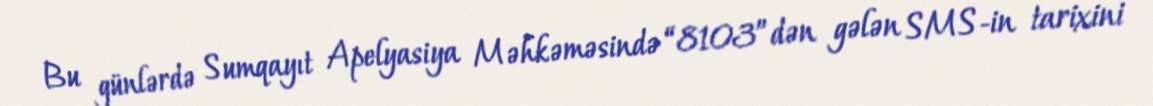
Bu günlərdə Sumqayıt Apelyasiya Məhkəməsində “8103”dən gələn SMS-in tarixini